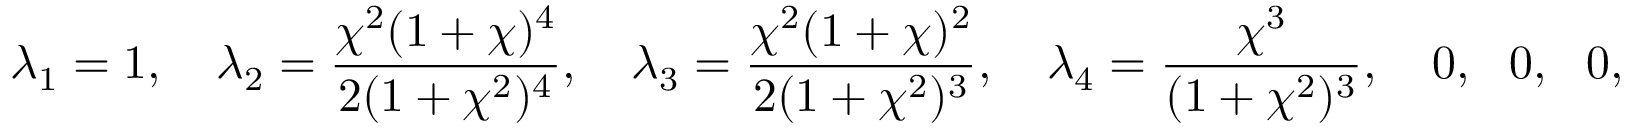
\lambda _ { 1 } = 1 , \quad \lambda _ { 2 } = \frac { \chi ^ { 2 } ( 1 + \chi ) ^ { 4 } } { 2 ( 1 + \chi ^ { 2 } ) ^ { 4 } } , \quad \lambda _ { 3 } = \frac { \chi ^ { 2 } ( 1 + \chi ) ^ { 2 } } { 2 ( 1 + \chi ^ { 2 } ) ^ { 3 } } , \quad \lambda _ { 4 } = \frac { \chi ^ { 3 } } { ( 1 + \chi ^ { 2 } ) ^ { 3 } } , \quad 0 , \ \ \ 0 , \ \ \ 0 , \ \ \ 0 .